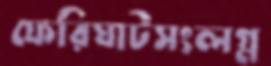
ফেরিঘাটসংলগ্ন